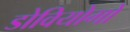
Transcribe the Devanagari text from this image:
डोवियोगो